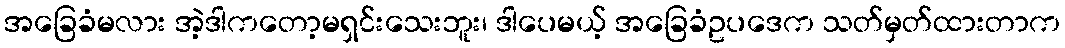
အခြေခံမလား အဲ့ဒါကတော့မရှင်းသေးဘူး၊ ဒါပေမယ့် အခြေခံဥပဒေက သတ်မှတ်ထားတာက